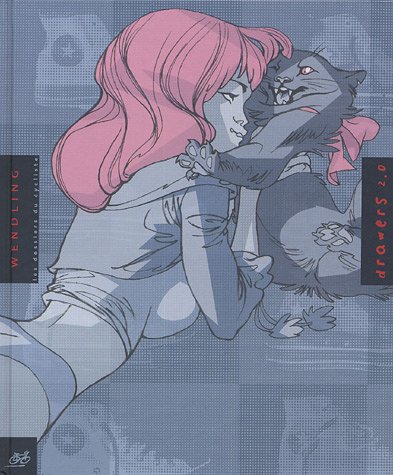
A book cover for Drawers 2.0; Claire Wendling; Comics & Graphic Novels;